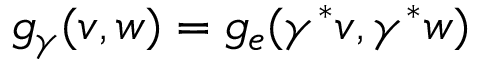
g _ { \gamma } ( v , w ) = g _ { e } ( \gamma ^ { * } v , \gamma ^ { * } w )